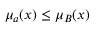
\mu _ { a } ( x ) \leq \mu _ { B } ( x )